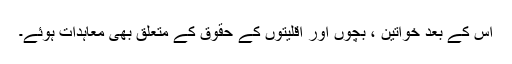
اس کے بعد خواتین ، بچوں اور اقلیتوں کے حقوق کے متعلق بھی معاہدات ہوئے۔